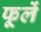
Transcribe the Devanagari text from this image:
फूलें